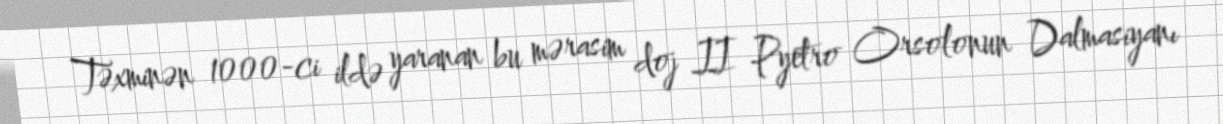
Təxminən 1000-ci ildə yaranan bu mərasim doj II Pyetro Orsolonun Dalmasiyanı